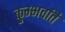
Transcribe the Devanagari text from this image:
कुम्भवति